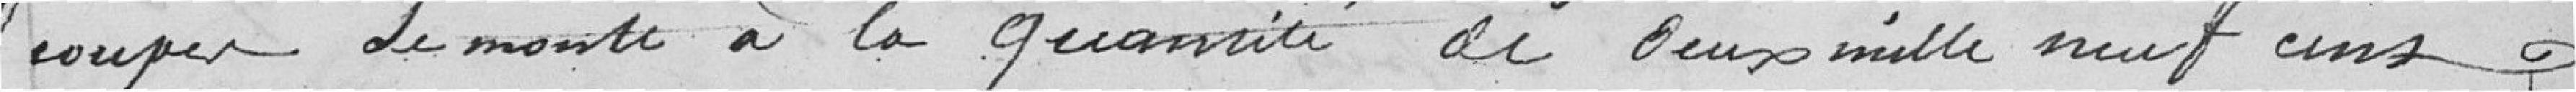
coupes se monte à la quantité de deux mille neuf cent